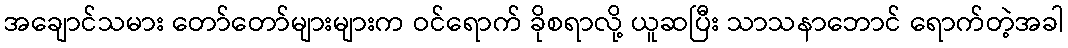
အချောင်သမား တော်တော်များများက ဝင်ရောက် ခိုစရာလို့ ယူဆပြီး သာသနာဘောင် ရောက်တဲ့အခါ